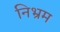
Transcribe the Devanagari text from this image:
निभ्रम